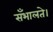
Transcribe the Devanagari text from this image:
सँभालते।